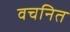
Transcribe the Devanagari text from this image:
वचनित